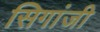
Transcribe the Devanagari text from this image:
सिगांजी